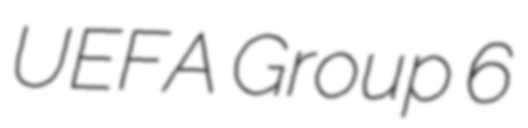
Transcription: UEFA Group 6